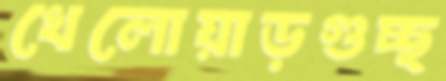
খেলোয়াড়গুচ্ছ